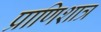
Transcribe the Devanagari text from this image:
प्राणिशात्र